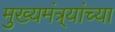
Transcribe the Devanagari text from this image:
मुख्यमंत्र्यांच्‍या